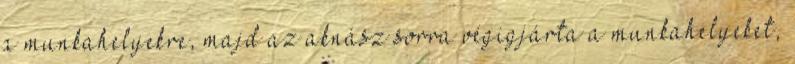
a munkahelyekre, majd az aknász sorra végigjárta a munkahelyeket,